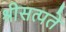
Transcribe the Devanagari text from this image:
श्रीसत्पते